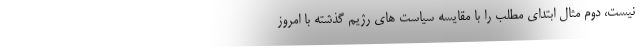
نیست، دوم مثال ابتدای مطلب را با مقایسه سیاست های رژیم گذشته با امروز